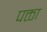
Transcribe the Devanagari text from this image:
पक्ता